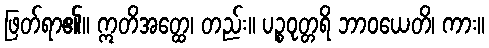
ဖြတ်ရာ၏။ ဣတိအတ္ထေ၊ တည်း။ ပဉ္စဝုတ္တရိ ဘာဝယေတိ၊ ကား။